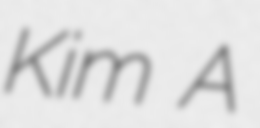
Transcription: Kim A